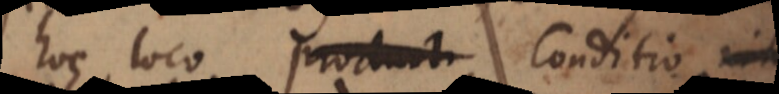
hoc loco producti Conditio nih